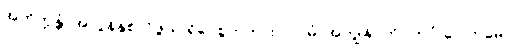
အဘိက္ကန္တံ၊ အလွန်နှစ်လိုဖွယ် ရှိပေစွတကား။ ပ။ မံ၊ အကျွန်ုပ်ကို။ ဘဝံ ဂေါတမော၊